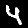
Label: 4